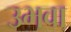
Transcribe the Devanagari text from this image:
उभवा